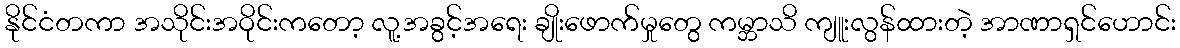
နိုင်ငံတကာ အသိုင်းအဝိုင်းကတော့ လူ့အခွင့်အရေး ချိုးဖောက်မှုတွေ ကမ္ဘာသိ ကျူးလွန်ထားတဲ့ အာဏာရှင်ဟောင်း